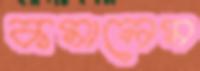
কমালেম